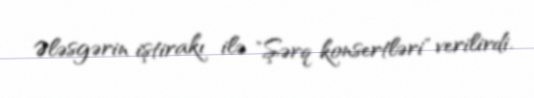
Ələsgərin iştirakı ilə "Şərq konsertləri" verilirdi.